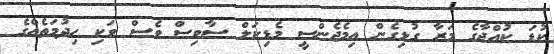
ކުޑަ ކުއްޖާގެ މަރާ ގުޅިގެން އިމެޖެންސީ މެޑިކަލް ސާވިސް ވެސް ވަކި ހިދުމަތެއްގެ